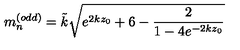
m _ { n } ^ { ( o d d ) } = \tilde { k } \sqrt { e ^ { 2 k z _ { 0 } } + 6 - \frac { 2 } { 1 - 4 e ^ { - 2 k z _ { 0 } } } }